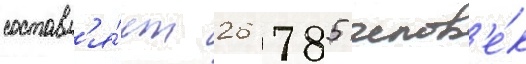
составл'я́ет 26 785 челов'е́к